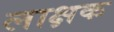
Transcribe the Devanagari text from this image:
लाक्षक